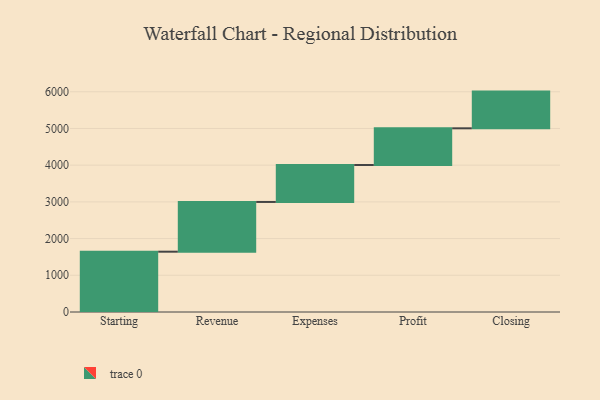
{"axis": {"x": "Step", "y": "Value"}, "legend": [""], "data": [{"x": "Starting", "y": 1643.0, "type": ""}, {"x": "Revenue", "y": 1355.0, "type": ""}, {"x": "Expenses", "y": 1006.0, "type": ""}, {"x": "Profit", "y": 1000, "type": ""}, {"x": "Closing", "y": 1000, "type": ""}]}